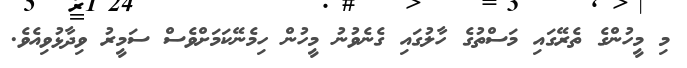
މި މީހުންގެ ތެރޭގައި މަސްތުގެ ހާލުގައި ގެނެވުނު މީހުން ހިމެނޭކަމަށްވެސް ސަމީރު ވިދާޅުވިއެވެ.